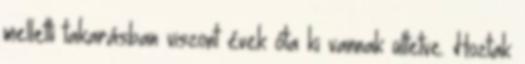
melletti takarásban viszont évek óta ki vannak ültetve. Hoztak